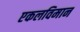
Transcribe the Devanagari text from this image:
एकलविमान